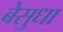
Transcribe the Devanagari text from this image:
बेसुधा